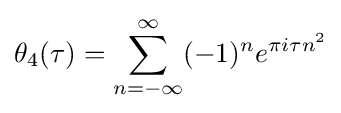
\theta _{4}(\tau )=\sum _{n=-\infty }^{\infty }(-1)^{n}e^{\pi i\tau n^{2}}